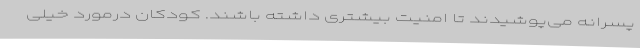
پسرانه می‌پوشیدند تا امنیت بیشتری داشته باشند. کودکان درمورد خیلی